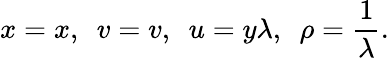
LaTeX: x=x,~~v=v,~~u=y\lambda,~~\rho=\frac{1}{\lambda}.